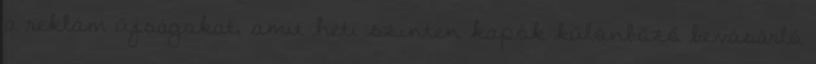
a reklám újságokat, amit heti szinten kapok különbőző bevásárló